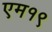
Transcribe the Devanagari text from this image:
एम१९